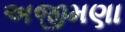
અજીમણા